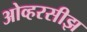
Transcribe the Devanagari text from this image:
ओव्हरसीझ